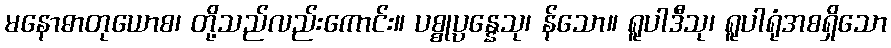
မနောဓာတုယောစ၊ တို့သည်လည်းကောင်း။ ပစ္စုပ္ပန္နေသု၊ န်သော။ ရူပါဒီသု၊ ရူပါရုံအစရှိသော